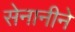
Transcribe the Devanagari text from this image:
सेनानीने